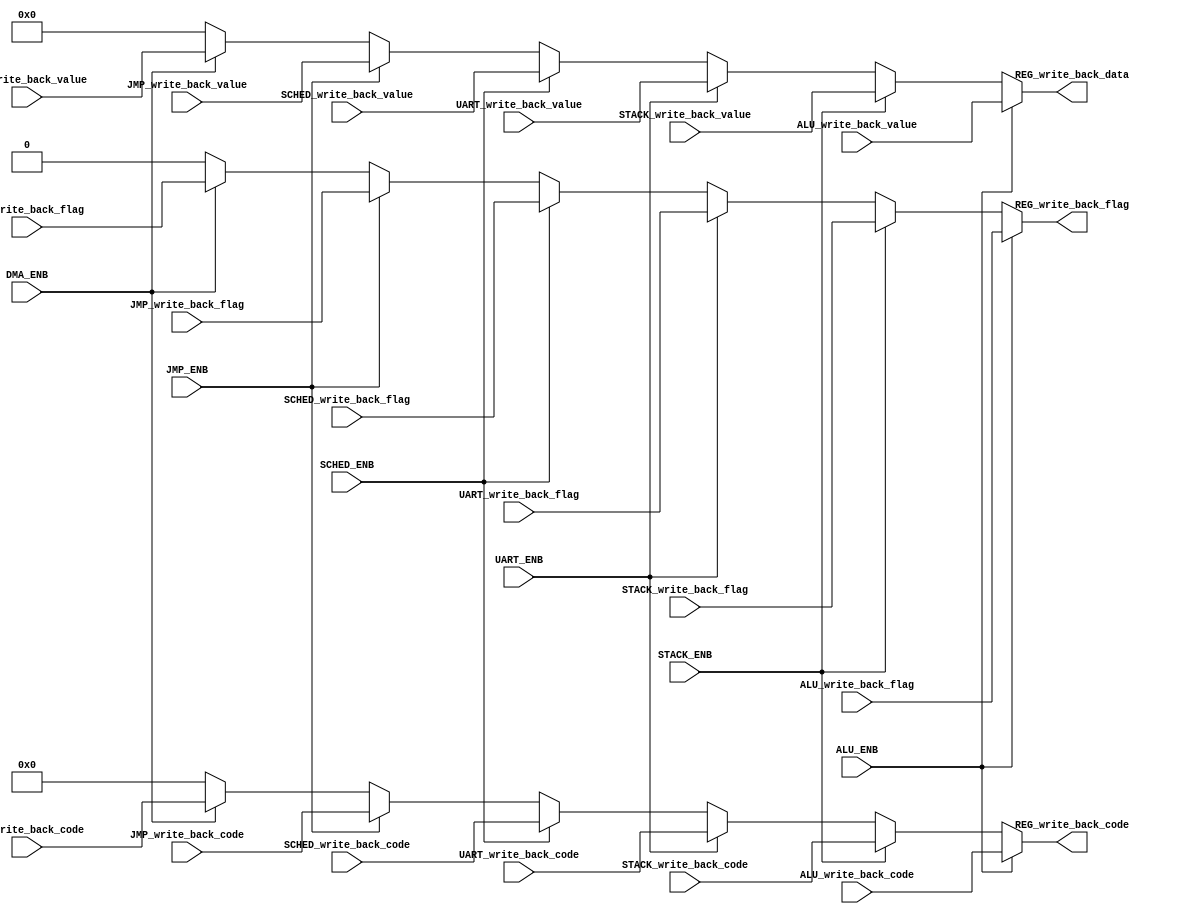
module WriteController (

	input ALU_ENB,
	input ALU_write_back_flag,
	input [7:0] ALU_write_back_code,
	input [31:0] ALU_write_back_value,

	input STACK_ENB,
	input STACK_write_back_flag,
	input [7:0] STACK_write_back_code,
	input [31:0] STACK_write_back_value,

	input JMP_ENB,
	input JMP_write_back_flag,
	input [7:0] JMP_write_back_code,
	input [31:0] JMP_write_back_value,

	input DMA_ENB,
	input DMA_write_back_flag,
	input [7:0] DMA_write_back_code,
	input [31:0] DMA_write_back_value,

	input SCHED_ENB,
	input SCHED_write_back_flag,
	input [7:0] SCHED_write_back_code,
	input [31:0] SCHED_write_back_value,

	input UART_ENB,
	input UART_write_back_flag,
	input [7:0] UART_write_back_code,
	input [31:0] UART_write_back_value,
	
	output wire REG_write_back_flag,
	output wire [7:0] REG_write_back_code,
	output wire [31:0] REG_write_back_data
);

assign REG_write_back_flag = ( ALU_ENB == 1 )? ALU_write_back_flag : ( STACK_ENB == 1 )? STACK_write_back_flag : ( UART_ENB == 1 )? UART_write_back_flag : ( SCHED_ENB == 1 )? SCHED_write_back_flag : ( JMP_ENB == 1 )? JMP_write_back_flag : ( DMA_ENB == 1 )? DMA_write_back_flag : 1'b0;
assign REG_write_back_code = ( ALU_ENB == 1 )? ALU_write_back_code : ( STACK_ENB == 1 )? STACK_write_back_code : ( UART_ENB == 1 )? UART_write_back_code : ( SCHED_ENB == 1 )? SCHED_write_back_code : ( JMP_ENB == 1 )? JMP_write_back_code : ( DMA_ENB == 1 )? DMA_write_back_code : 8'b0;
assign REG_write_back_data = ( ALU_ENB == 1 )? ALU_write_back_value : ( STACK_ENB == 1 )? STACK_write_back_value : ( UART_ENB == 1 )? UART_write_back_value : ( SCHED_ENB == 1 )? SCHED_write_back_value : ( JMP_ENB == 1 )? JMP_write_back_value : ( DMA_ENB == 1 )? DMA_write_back_value : 32'b0;

endmodule